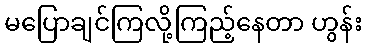
မပြောချင်ကြလို့ကြည့်နေတာ ဟွန်း